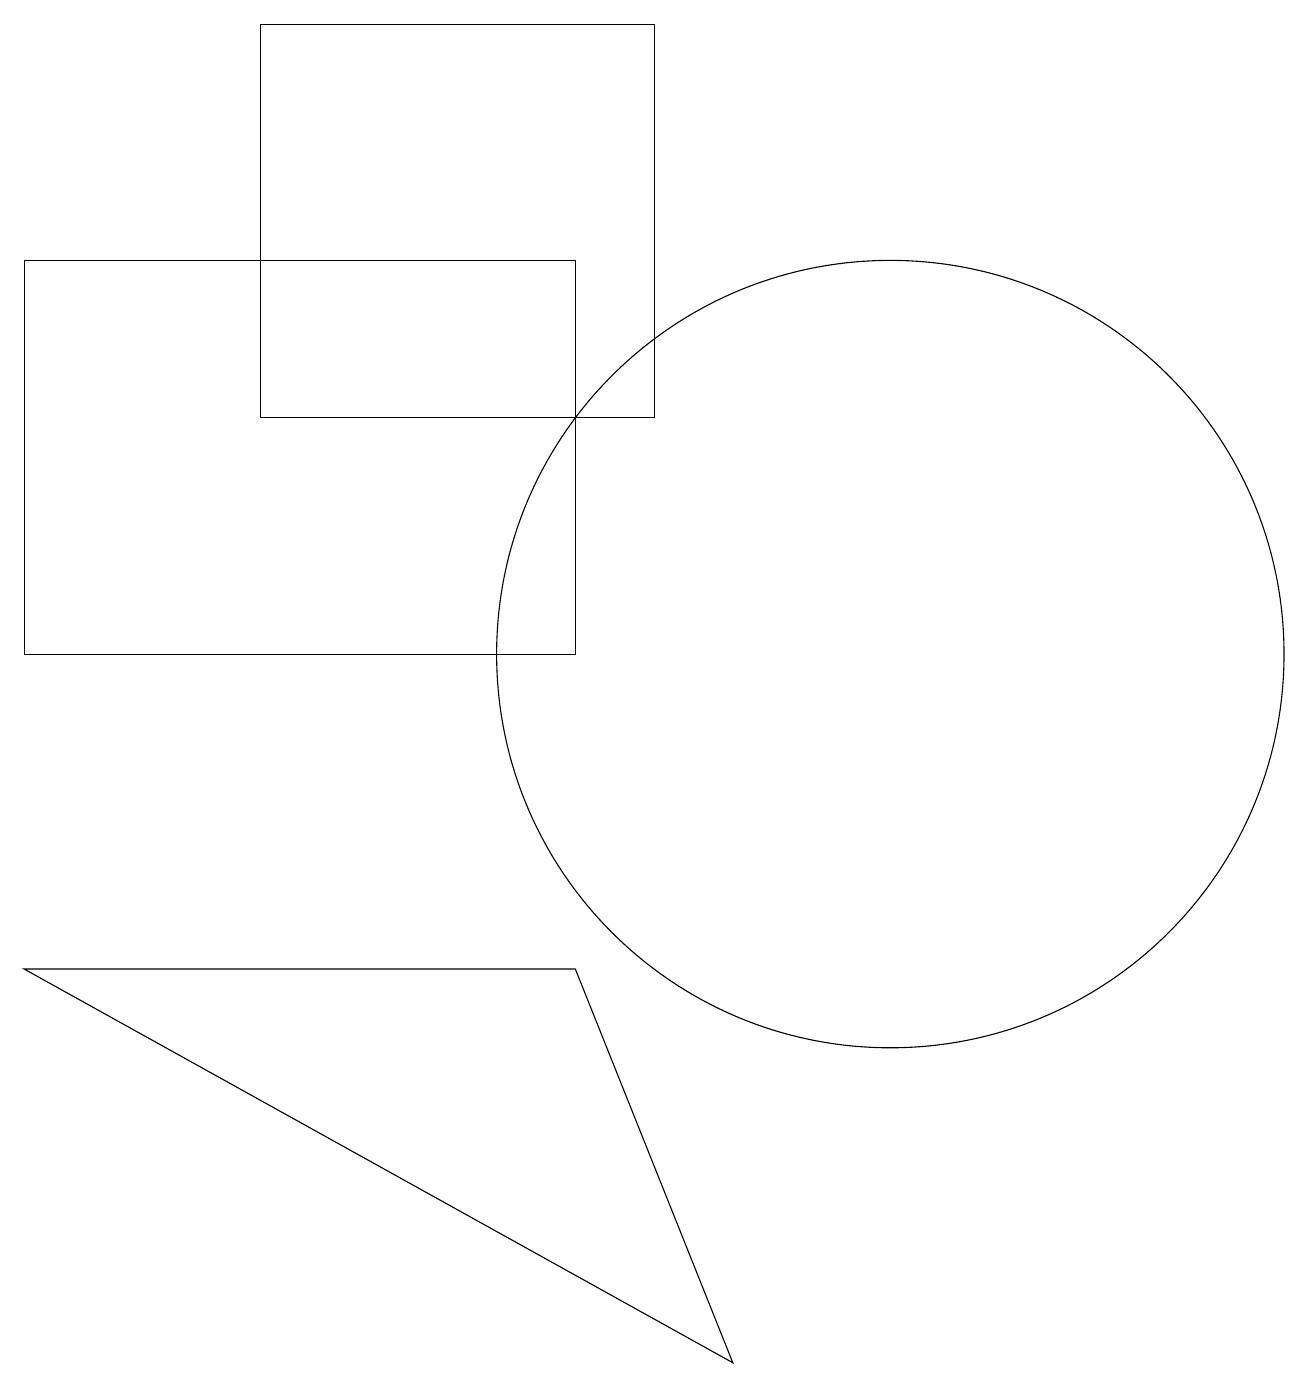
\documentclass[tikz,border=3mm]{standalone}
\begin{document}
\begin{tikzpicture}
\draw (8,14) rectangle (3,19);
\draw (11,11) circle (5);
\draw (0,11) rectangle (7,16);
\draw (7,7) -- (9,2) -- (0,7) -- cycle;
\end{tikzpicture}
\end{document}